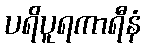
ပရိပူရကာရီနံ